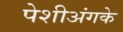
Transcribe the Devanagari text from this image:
पेशीअंगके